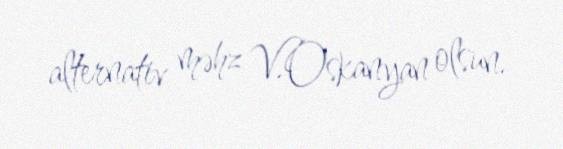
alternativ məhz V.Oskanyan olsun.